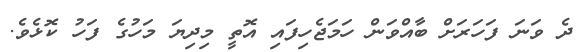
ދެ ވަނަ ފަހަރަށް ބާއްވަން ހަމަޖެހިފައި އޮތީ މިދިޔަ މަހުގެ ފަހު ކޮޅެވެ.